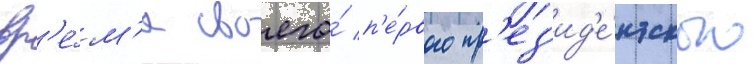
вр'е́м'я своего́ п'е́рвого пр'ез'ид'е́нтского